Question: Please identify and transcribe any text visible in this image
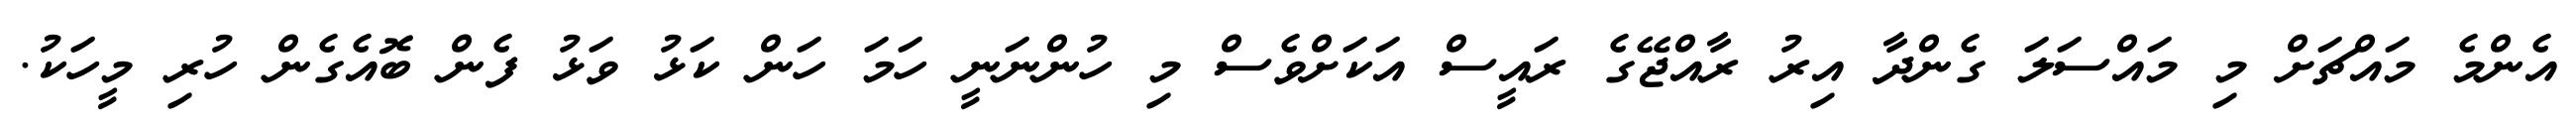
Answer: އެންމެ މައްޗަށް މި މައްސަލަ ގެންދާ އިރު ރާއްޖޭގެ ރައީސް އަކަށްވެސް މި ހުންނަނީ ހަމަ ހަން ކަޅު ވަޅު ފެން ބޮއެގެން ހުރި މީހަކު.